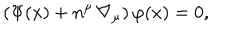
LaTeX: \left( \Psi ( x ) + n ^ { \mu } \, \nabla _ { \mu } \right) \varphi ( x ) = 0 ,